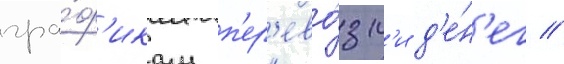
гра́ф'икам п'ер'ево́зк'и д'е́н'ег //